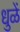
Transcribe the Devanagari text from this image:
धुळें